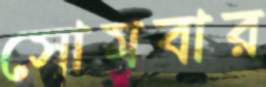
সোমবার